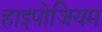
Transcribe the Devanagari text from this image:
हाइपोजियम